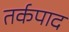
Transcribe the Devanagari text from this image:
तर्कपाद